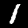
Label: 1